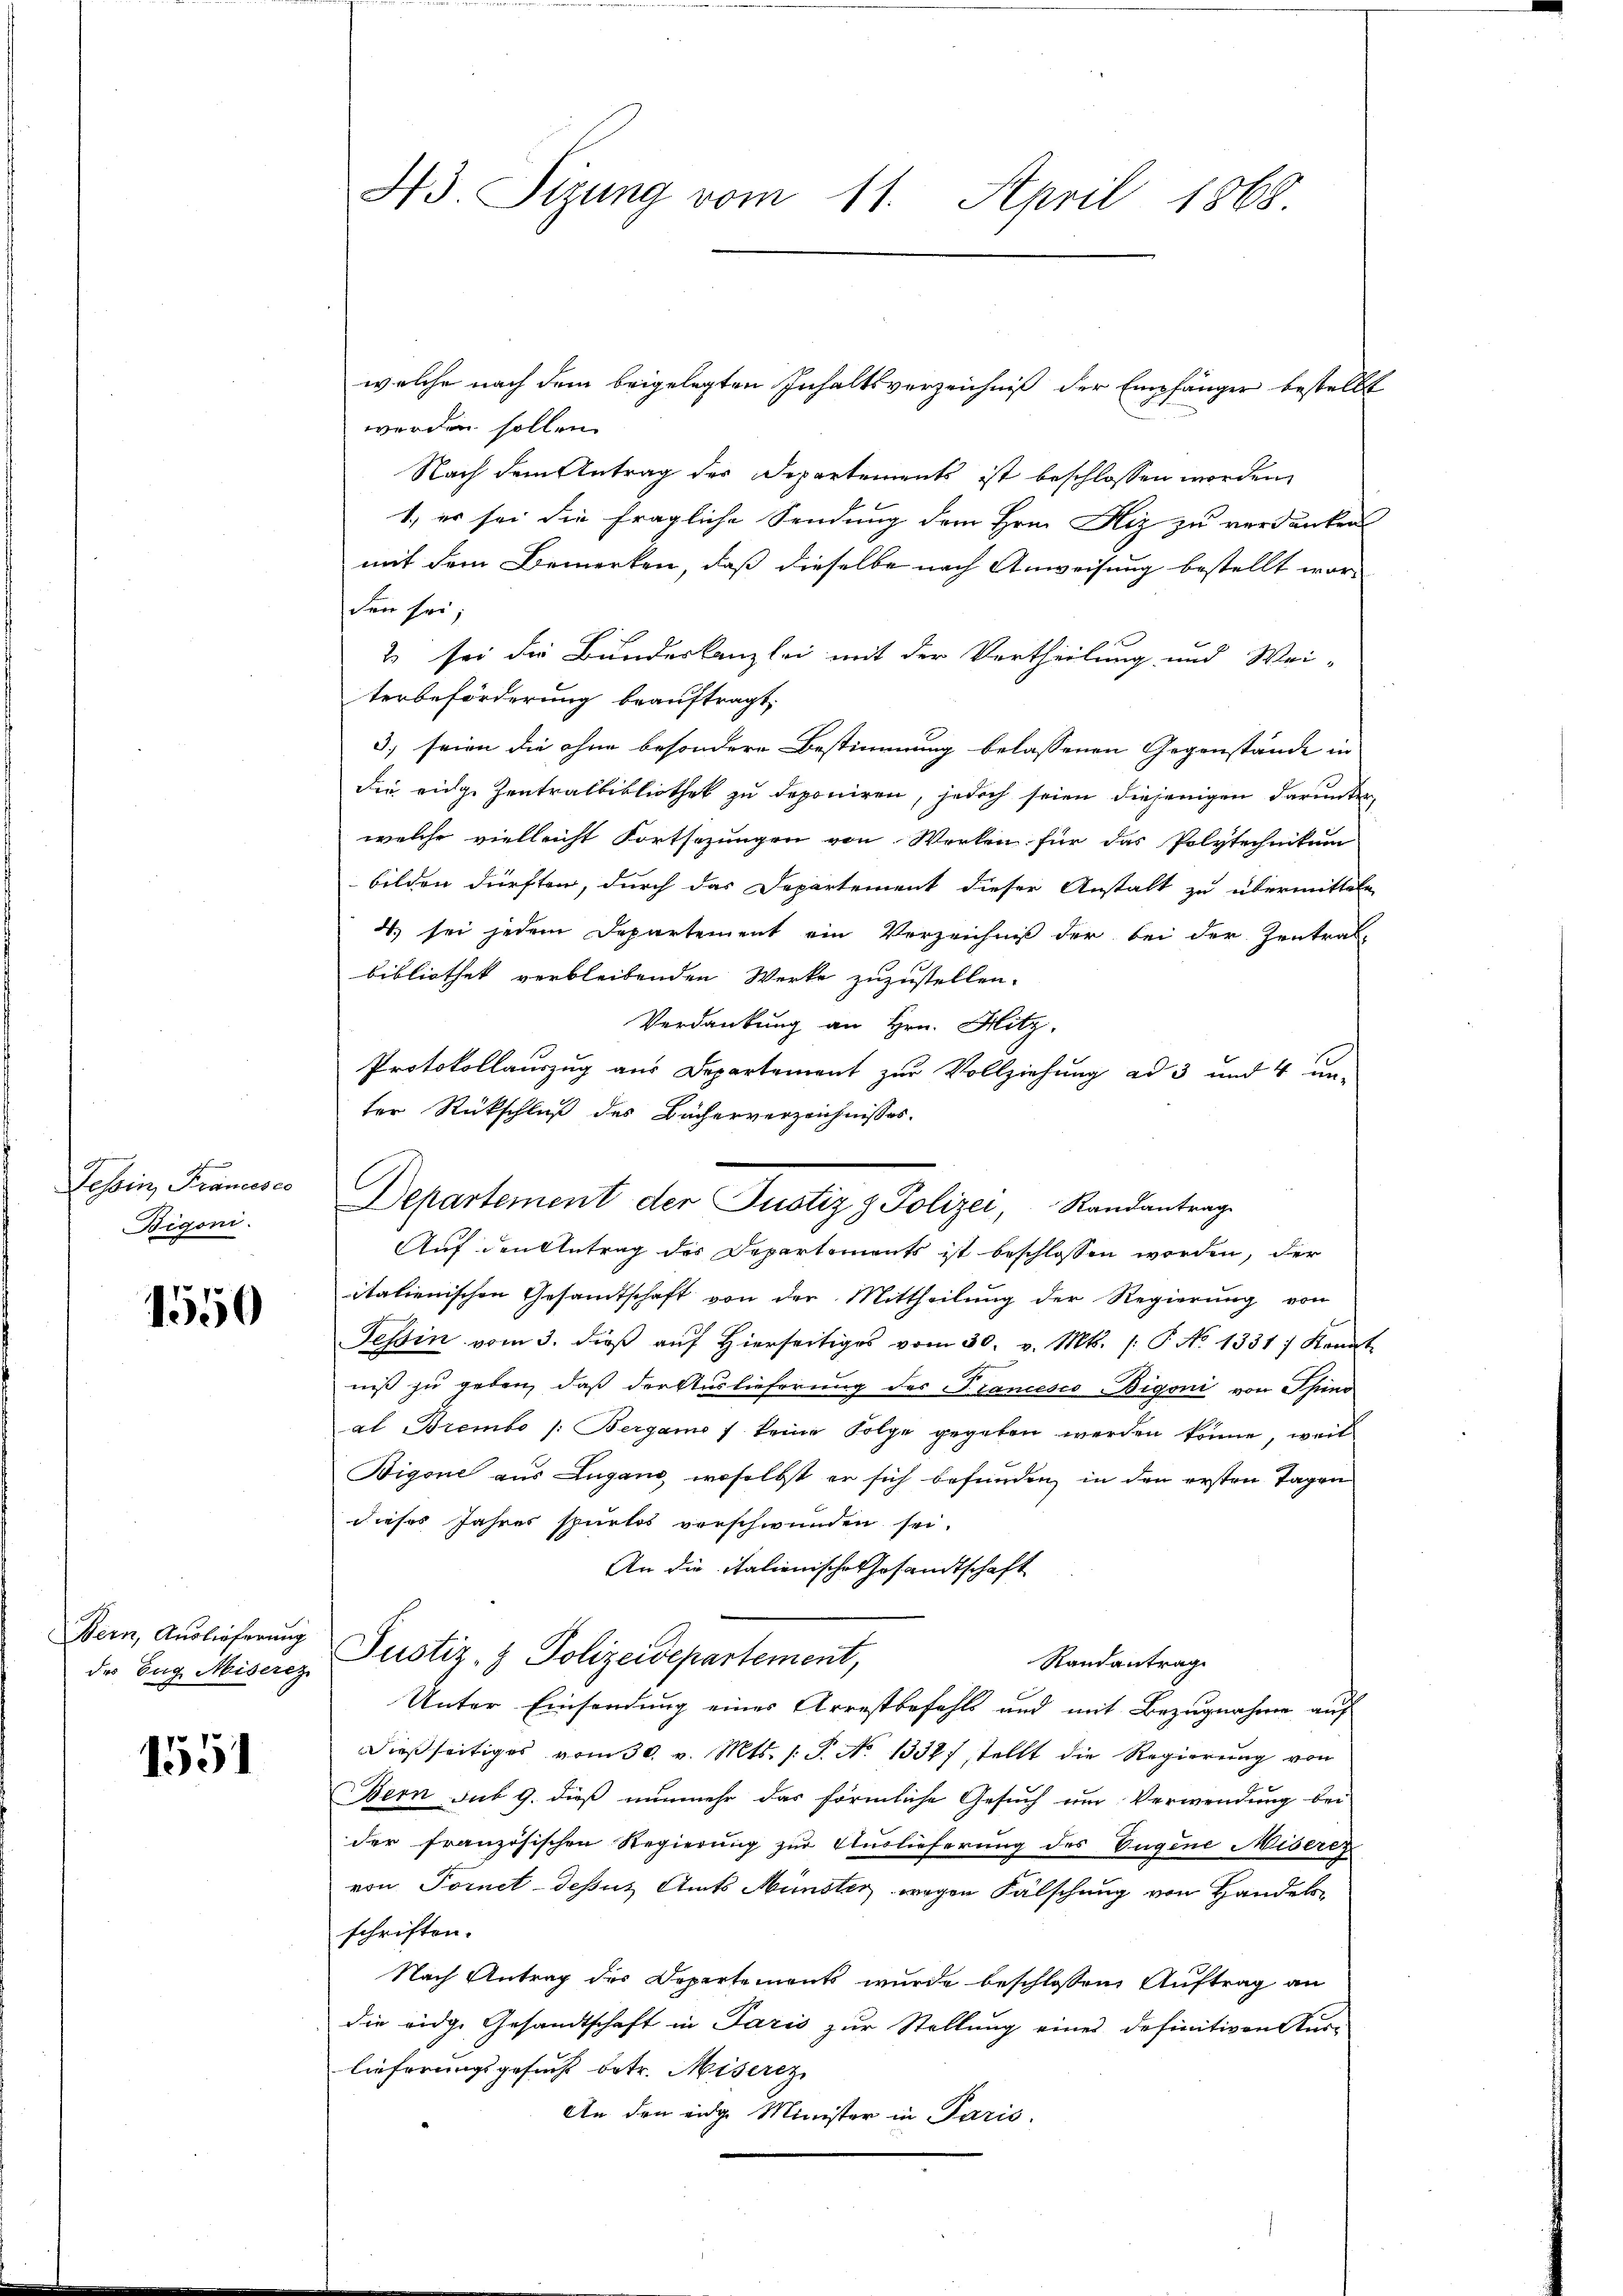
Bigoni.

1550

Bern, Auslieferung

1551

welche nach dem beigelegten Inhaltsverzeichniß der Empfänger bestellt
werden sollen.
Nach dem Antrag der Departements ist beschlossen worden,
1., er sei die fragliche Sendung dem Hrn. Hiz zu verdanken
mit dem Bemerken, daß dieselbe nach Anweisung bestellt wor-
den sei
2 sei die Bundeskanzlei mit der Vertheilung und Wei-
terbeförderung beauftragt.
3) seien die ohne besondere Bestimmung belassenen Gegenstände in
die eidge Zentralbibliothek zu deponiren, jedoch seien diejenigen darunter
welche vielleicht Fortsezungen von Werken für das Polytechnikum
bilden dürften, durch das Departement dieser Anstalt zu übermitteln
4. sei jedem Departement ein Verzeichniß der bei der Zentral-
Bibliothek verbleibenden Werke zuzustellen.
Verdankung an Hrn. Mitz,
Protokollauszug aus Departement zur Vollziehung ad 3 und 4 un-
ter Rückschluß des Bächerverzeichnisses.
Zessin, Francese Departement der Justiz & Polizei, Randantrag
Auf den Antrag des Departements ist beschlossen worden, der
italienischen Gesandtschaft von der Mittheilung der Regierung von
Tessin vom 3. dieβ aŭf hierseitiges vom 30. v. Mts. /: P. No 1331) Kennt
niß zu geben, daß der Auslieferung des Francesco Bigoni von Spino
al Brembo /: Bergamo / keine Folge gegeben werden könne, weil
Bigone aus Lugano, woselbst er sich befunden, in den ersten Tagen
dieses Jahres spurlos verschwunden sei.
An die italienische Gesandtschaft
Randantrag
der Tag. Miserez, Justiz- & Polizeidepartement,
Unter Einsendung eines Arrestbefehls und mit Bezugnahme auf
dießseitiges vom 30. v. Mts. /: P. No 1338) stellt die Regierung von
Bern sub 9. dieß nunmehr das förmliche Gesuch um Verwendung bei
der französischen Regierung zur Auslieferung des Eugene Miseres
von Fornet-dessus Amts Münster wegen Fälschung von Handels
schriften.
Nach Antrag des Departements wurde beschlossen Auftrag an
die eidge Gesandtschaft in Paris zur Stellung eines definitiven Aus-
lieferungsgesucht betr. Miserez
An den eidg. Minister in Paris.

43. Sizung vom 11. April 1868